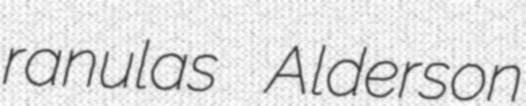
ranulas Alderson